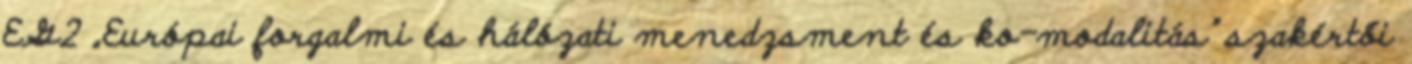
EG2 „Európai forgalmi és hálózati menedzsment és ko-modalitás” szakértői